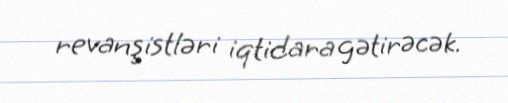
revanşistləri iqtidara gətirəcək.